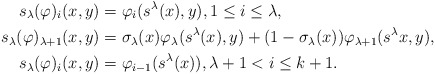
\begin{align*}s_\lambda(\varphi)_i(x,y) & = \varphi_i(s^\lambda(x),y),1\leq i\leq \lambda,\\s_\lambda(\varphi)_{\lambda+1}(x,y) & = \sigma_\lambda(x)\varphi_\lambda(s^\lambda(x),y) + (1 - \sigma_\lambda(x))\varphi_{\lambda+1}(s^\lambda x,y), \\s_\lambda(\varphi)_i(x,y) & = \varphi_{i-1}(s^\lambda(x)), \lambda +1 < i \leq k+1.\end{align*}